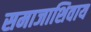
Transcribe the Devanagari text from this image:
समाजाशिवाय